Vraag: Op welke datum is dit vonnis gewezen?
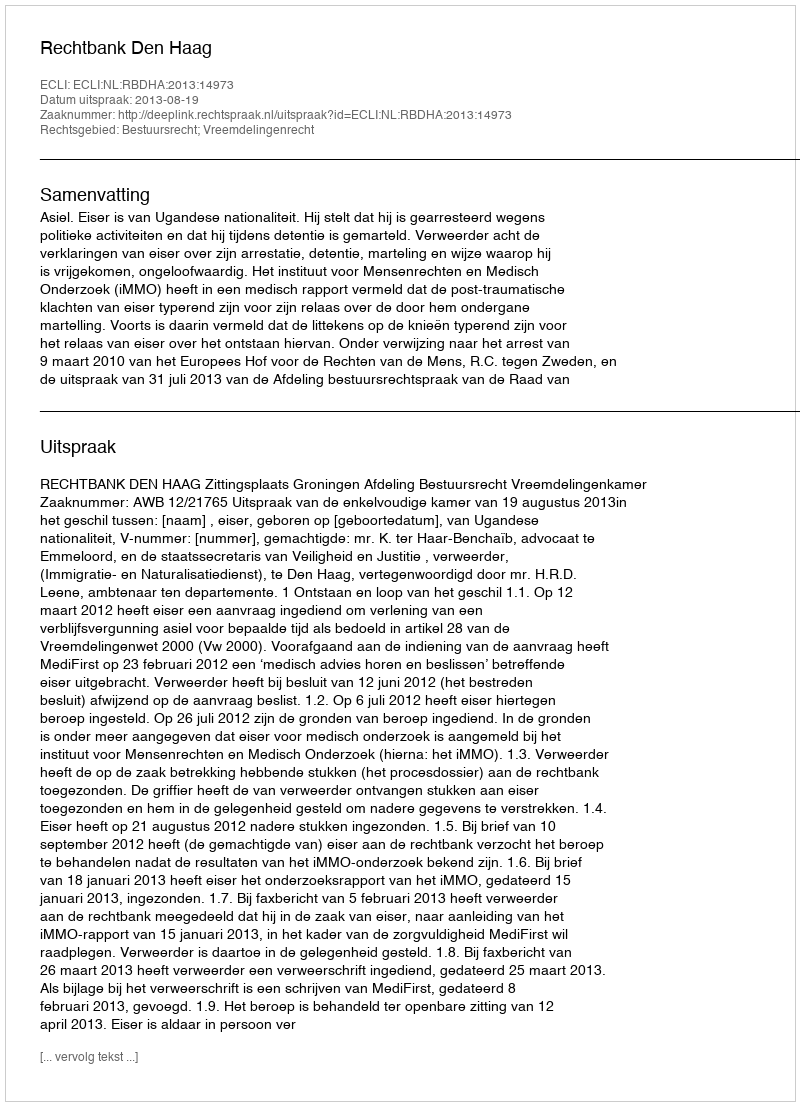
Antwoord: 2013-08-19